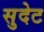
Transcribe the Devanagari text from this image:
सुदेट